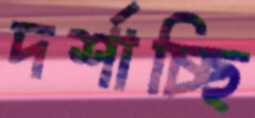
দর্শাচ্ছি